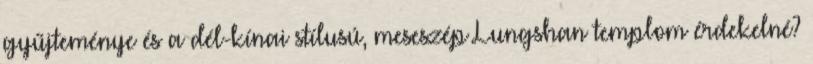
gyűjteménye és a dél-kínai stílusú, meseszép Lungshan templom érdekelné?